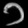
Digit: ၁